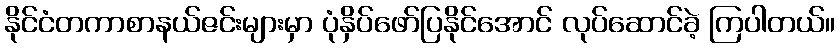
နိုင်ငံတကာစာနယ်ဇင်းများမှာ ပုံနှိပ်ဖော်ပြနိုင်အောင် လုပ်ဆောင်ခဲ့ ကြပါတယ်။